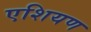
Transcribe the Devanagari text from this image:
एशियण